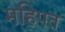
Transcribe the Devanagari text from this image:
महिपत